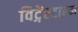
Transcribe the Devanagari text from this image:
विट्गेंस्टाइन